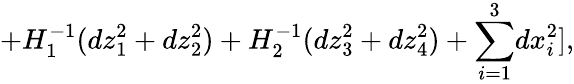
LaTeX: +H_{1}^{-1}(dz_{1}^{2}+dz_{2}^{2})+H_{2}^{-1}(dz_{3}^{2}+dz_{4}^{2})+{\sum_{i=1}^{3}}dx_{i}^{2}],